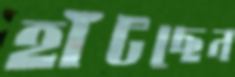
হাঁটছেন